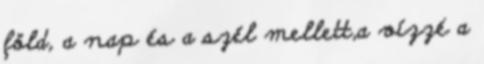
föld, a nap és a szél mellett,a vízzé a